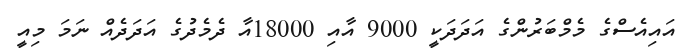
އައިއެސްގެ މެމްބަރުންގެ އަދަދަކީ 9000 އާއި 18000އާ ދެމެދުގެ އަދަދެއް ނަމަ މިއީ